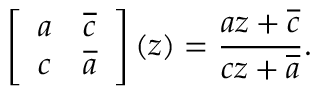
\left[ \begin{array} { l l } { a } & { \overline { { c } } } \\ { c } & { \overline { { a } } } \end{array} \right] ( z ) = \frac { a z + \overline { { c } } } { c z + \overline { { a } } } .